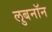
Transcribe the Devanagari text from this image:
लुबनॉन